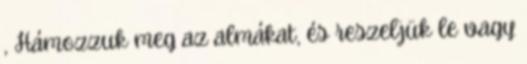
, Hámozzuk meg az almákat, és reszeljük le vagy